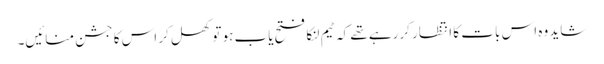
شاید وہ اس بات کا انتظار کررہے تھے کہ ٹیم لنکا فتح یاب ہو تو کھل کر اس کا جشن منائیں۔